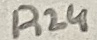
Text: R24